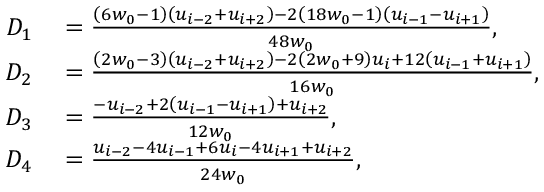
\begin{array} { r l } { D _ { 1 } } & { { } = \frac { \left( 6 w _ { 0 } - 1 \right) \left( u _ { i - 2 } + u _ { i + 2 } \right) - 2 \left( 1 8 w _ { 0 } - 1 \right) \left( u _ { i - 1 } - u _ { i + 1 } \right) } { 4 8 w _ { 0 } } , } \\ { D _ { 2 } } & { { } = \frac { \left( 2 w _ { 0 } - 3 \right) \left( u _ { i - 2 } + u _ { i + 2 } \right) - 2 \left( 2 w _ { 0 } + 9 \right) u _ { i } + 1 2 \left( u _ { i - 1 } + u _ { i + 1 } \right) } { 1 6 w _ { 0 } } , } \\ { D _ { 3 } } & { { } = \frac { - u _ { i - 2 } + 2 \left( u _ { i - 1 } - u _ { i + 1 } \right) + u _ { i + 2 } } { 1 2 w _ { 0 } } , } \\ { D _ { 4 } } & { { } = \frac { u _ { i - 2 } - 4 u _ { i - 1 } + 6 u _ { i } - 4 u _ { i + 1 } + u _ { i + 2 } } { 2 4 w _ { 0 } } , } \end{array}